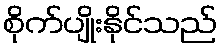
စိုက်ပျိုးနိုင်သည်